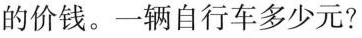
的价钱。一辆自行车多少元?